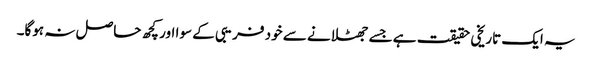
یہ ایک تاریخی حقیقت ہے جسے جھٹلانے سے خود فریبی کے سوا اور کچھ حاصل نہ ہوگا۔